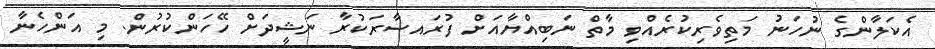
އެކަލާންގެ ނުހަނު މަތިވެރިކުރެއްވި މާތް ނަބިއްޔާއަށް ފުރައސާރަކުރާ ނަޝީދަށް ހޭހަންކުރުން. މި އަންހެނާ